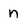
Character: n